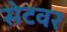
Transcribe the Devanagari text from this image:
सेटवर